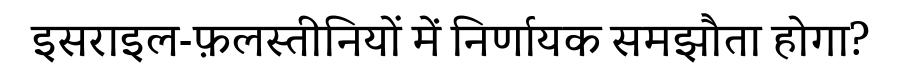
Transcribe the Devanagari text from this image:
इसराइल-फ़लस्तीनियों में निर्णायक समझौता होगा?